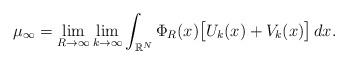
LaTeX: \begin{align*} \mu_{\infty}= \lim_{R\to \infty}\lim_{k\to \infty} \int_{\mathbb{R}^{N}}\Phi_{R}(x)\big[ U_k(x)+V_k(x)\big]\,dx . \end{align*}